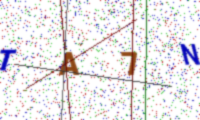
Text: TA7N